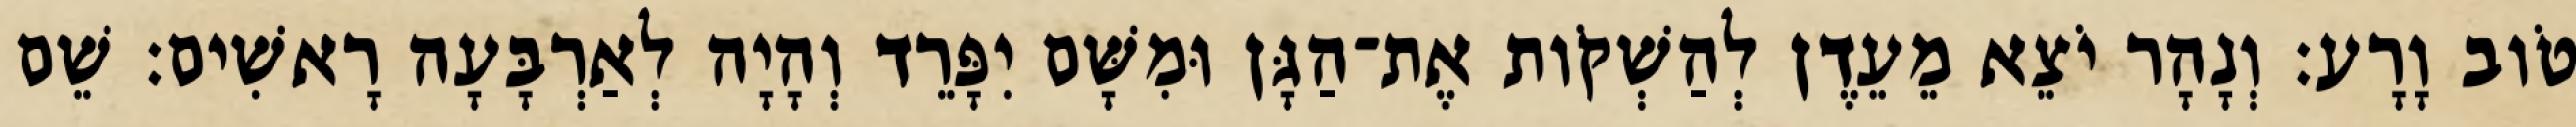
טֹוב וָרָע׃ וְנָהָר יֹצֵא מֵעֵדֶן לְהַשְׁקֹות אֶת־הַגָּן וּמִשָּׁם יִפָּרֵד וְהָיָה לְאַרְבָּעָה רָאשִׁים׃ שֵׁם